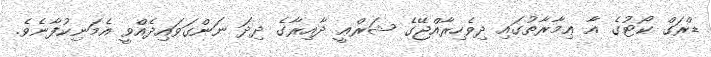
ޑްރަގް ކޯޓުގެ އާ ޢިމާރާތުގައި ދިވެހިރާއްޖޭގެ ޝަރްޢީ ދާއިރާގެ ދިދަ ނަންގަވައިދެއްވީ އެމަނިކުފާނެވެ.